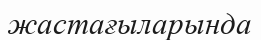
жастағыларында